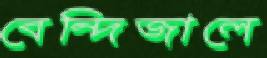
বেন্দিজালে